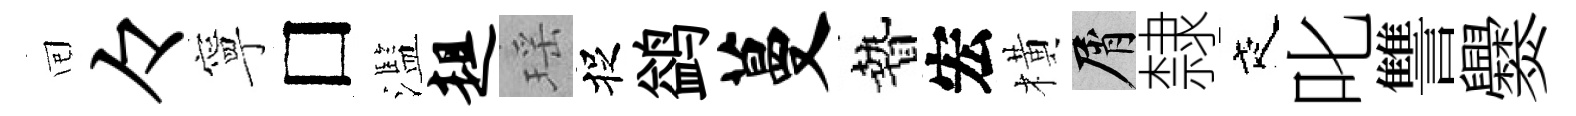
囘々寧□濫趄瑶捉鹢蔓贄宏橫屑隸夜叱讐爨